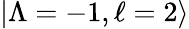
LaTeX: |\Lambda=-1,\ell=2\rangle